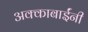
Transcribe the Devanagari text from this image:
अक्काबाईंनी